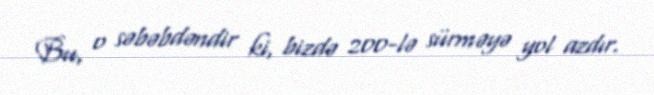
Bu, o səbəbdəndir ki, bizdə 200-lə sürməyə yol azdır.